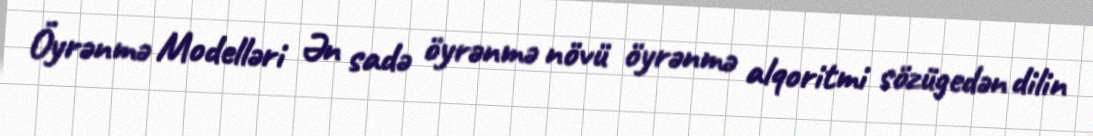
Öyrənmə Modelləri Ən sadə öyrənmə növü öyrənmə alqoritmi sözügedən dilin